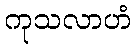
ကုသလာဟံ